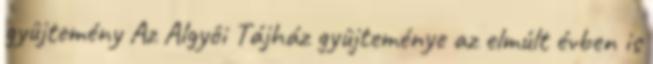
gyûjtemény Az Algyôi Tájház gyûjteménye az elmúlt évben is